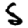
Digit: 5